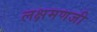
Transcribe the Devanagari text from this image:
लक्षमणजी